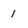
Character: 1